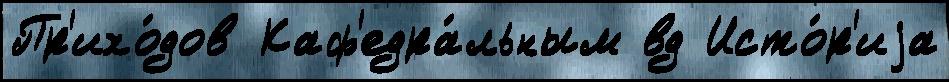
Пр'ихо́дов Каф'едра́льным вд Исто́р'иjа